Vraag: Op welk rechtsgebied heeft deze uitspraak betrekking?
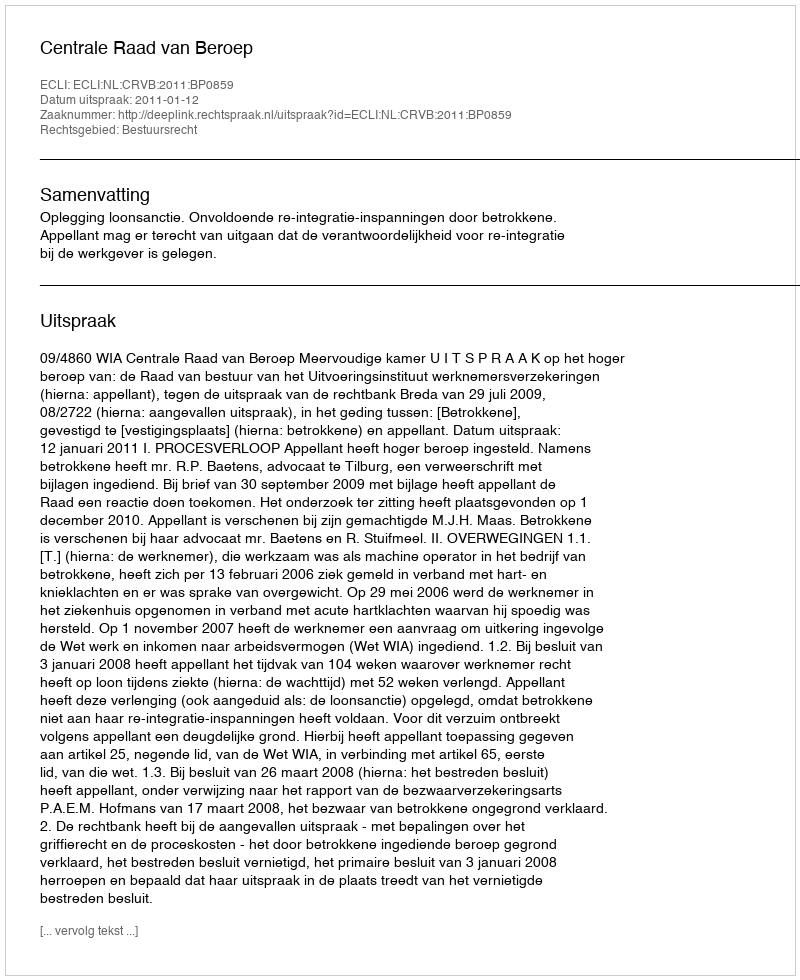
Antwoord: Bestuursrecht